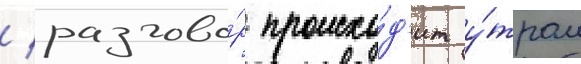
/ разгово́р происхо́д'ит у́тром